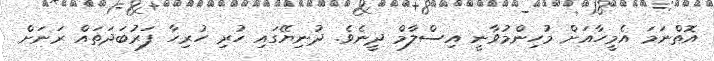
އޮތްނަމަ އެމީހާއަށް މުހިންމުވާނީ އިސްލާމް ދީނެވެ. ދުނިޔޭގައި ހުރި ހުރިހާ ފަރުބަދަތައް ރަނަށް